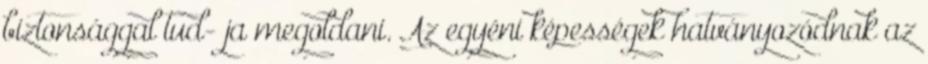
biztonsággal tud- ja megoldani. Az egyéni képességek hatványozódnak az